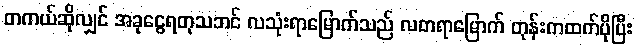
တကယ်ဆိုလျှင် အခုငွေရတုသဘင် လသုံးရာမြောက်သည် လတရာမြောက် တုန်းကထက်ပိုပြီး